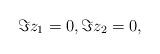
LaTeX: \begin{align*}\Im z_1 = 0, \Im z_2 = 0 ,\end{align*}